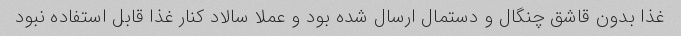
غذا بدون قاشق چنگال و دستمال ارسال شده بود و عملا سالاد کنار غذا قابل استفاده نبود